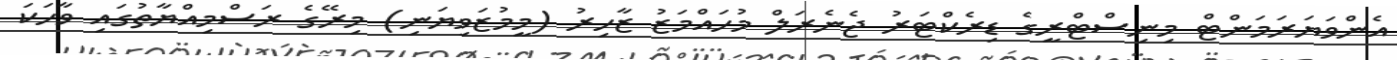
އެންވަޔަރަމަންޓް މިނިސްޓްރީގެ ޑިރެކްޓަރު ޖެނެރަލް މުހައްމަޒު ޒާހިރު (މީމުޒަވިޔަނި) މިރޭގެ ރަސްމިއްޔާތުގައި ވާހަކަ